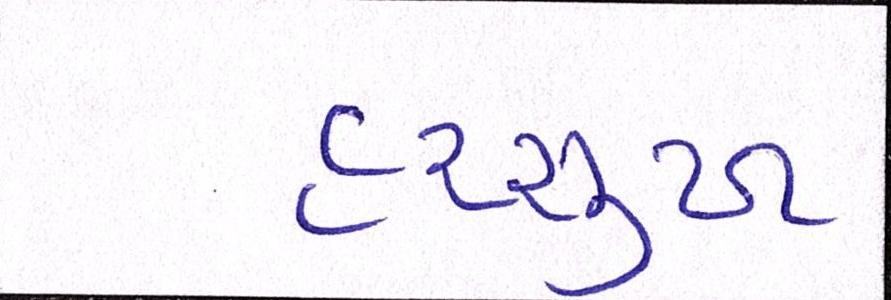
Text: હરસુખ